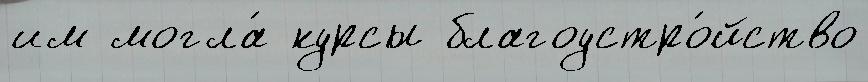
им могла́ курсы благоустро́йство